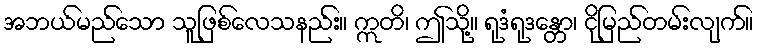
အဘယ်မည်သော သူဖြစ်လေသနည်း။ ဣတိ၊ ဤသို့။ ရုဒံရုဒန္တော၊ ငိုမြည်တမ်းလျက်။